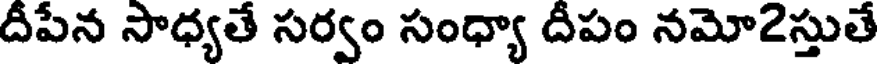
దీపేన సాధ్యతే సర్వం సంధ్యా దీపం నమో2స్తుతే